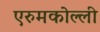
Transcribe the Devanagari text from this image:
एरुमकोल्ली